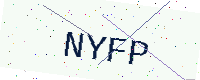
Text: NYFP